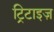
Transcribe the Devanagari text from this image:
ट्रिटाइज़